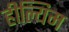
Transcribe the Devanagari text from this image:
हील्यिम